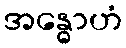
အန္ဓောဟံ